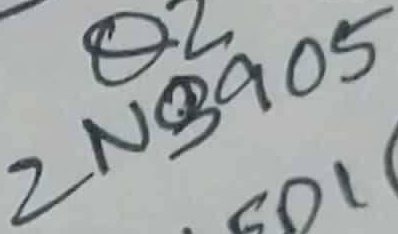
Text: 2N3905